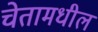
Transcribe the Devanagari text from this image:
चेतामधील